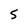
Character: 5